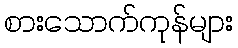
စားသောက်ကုန်များ